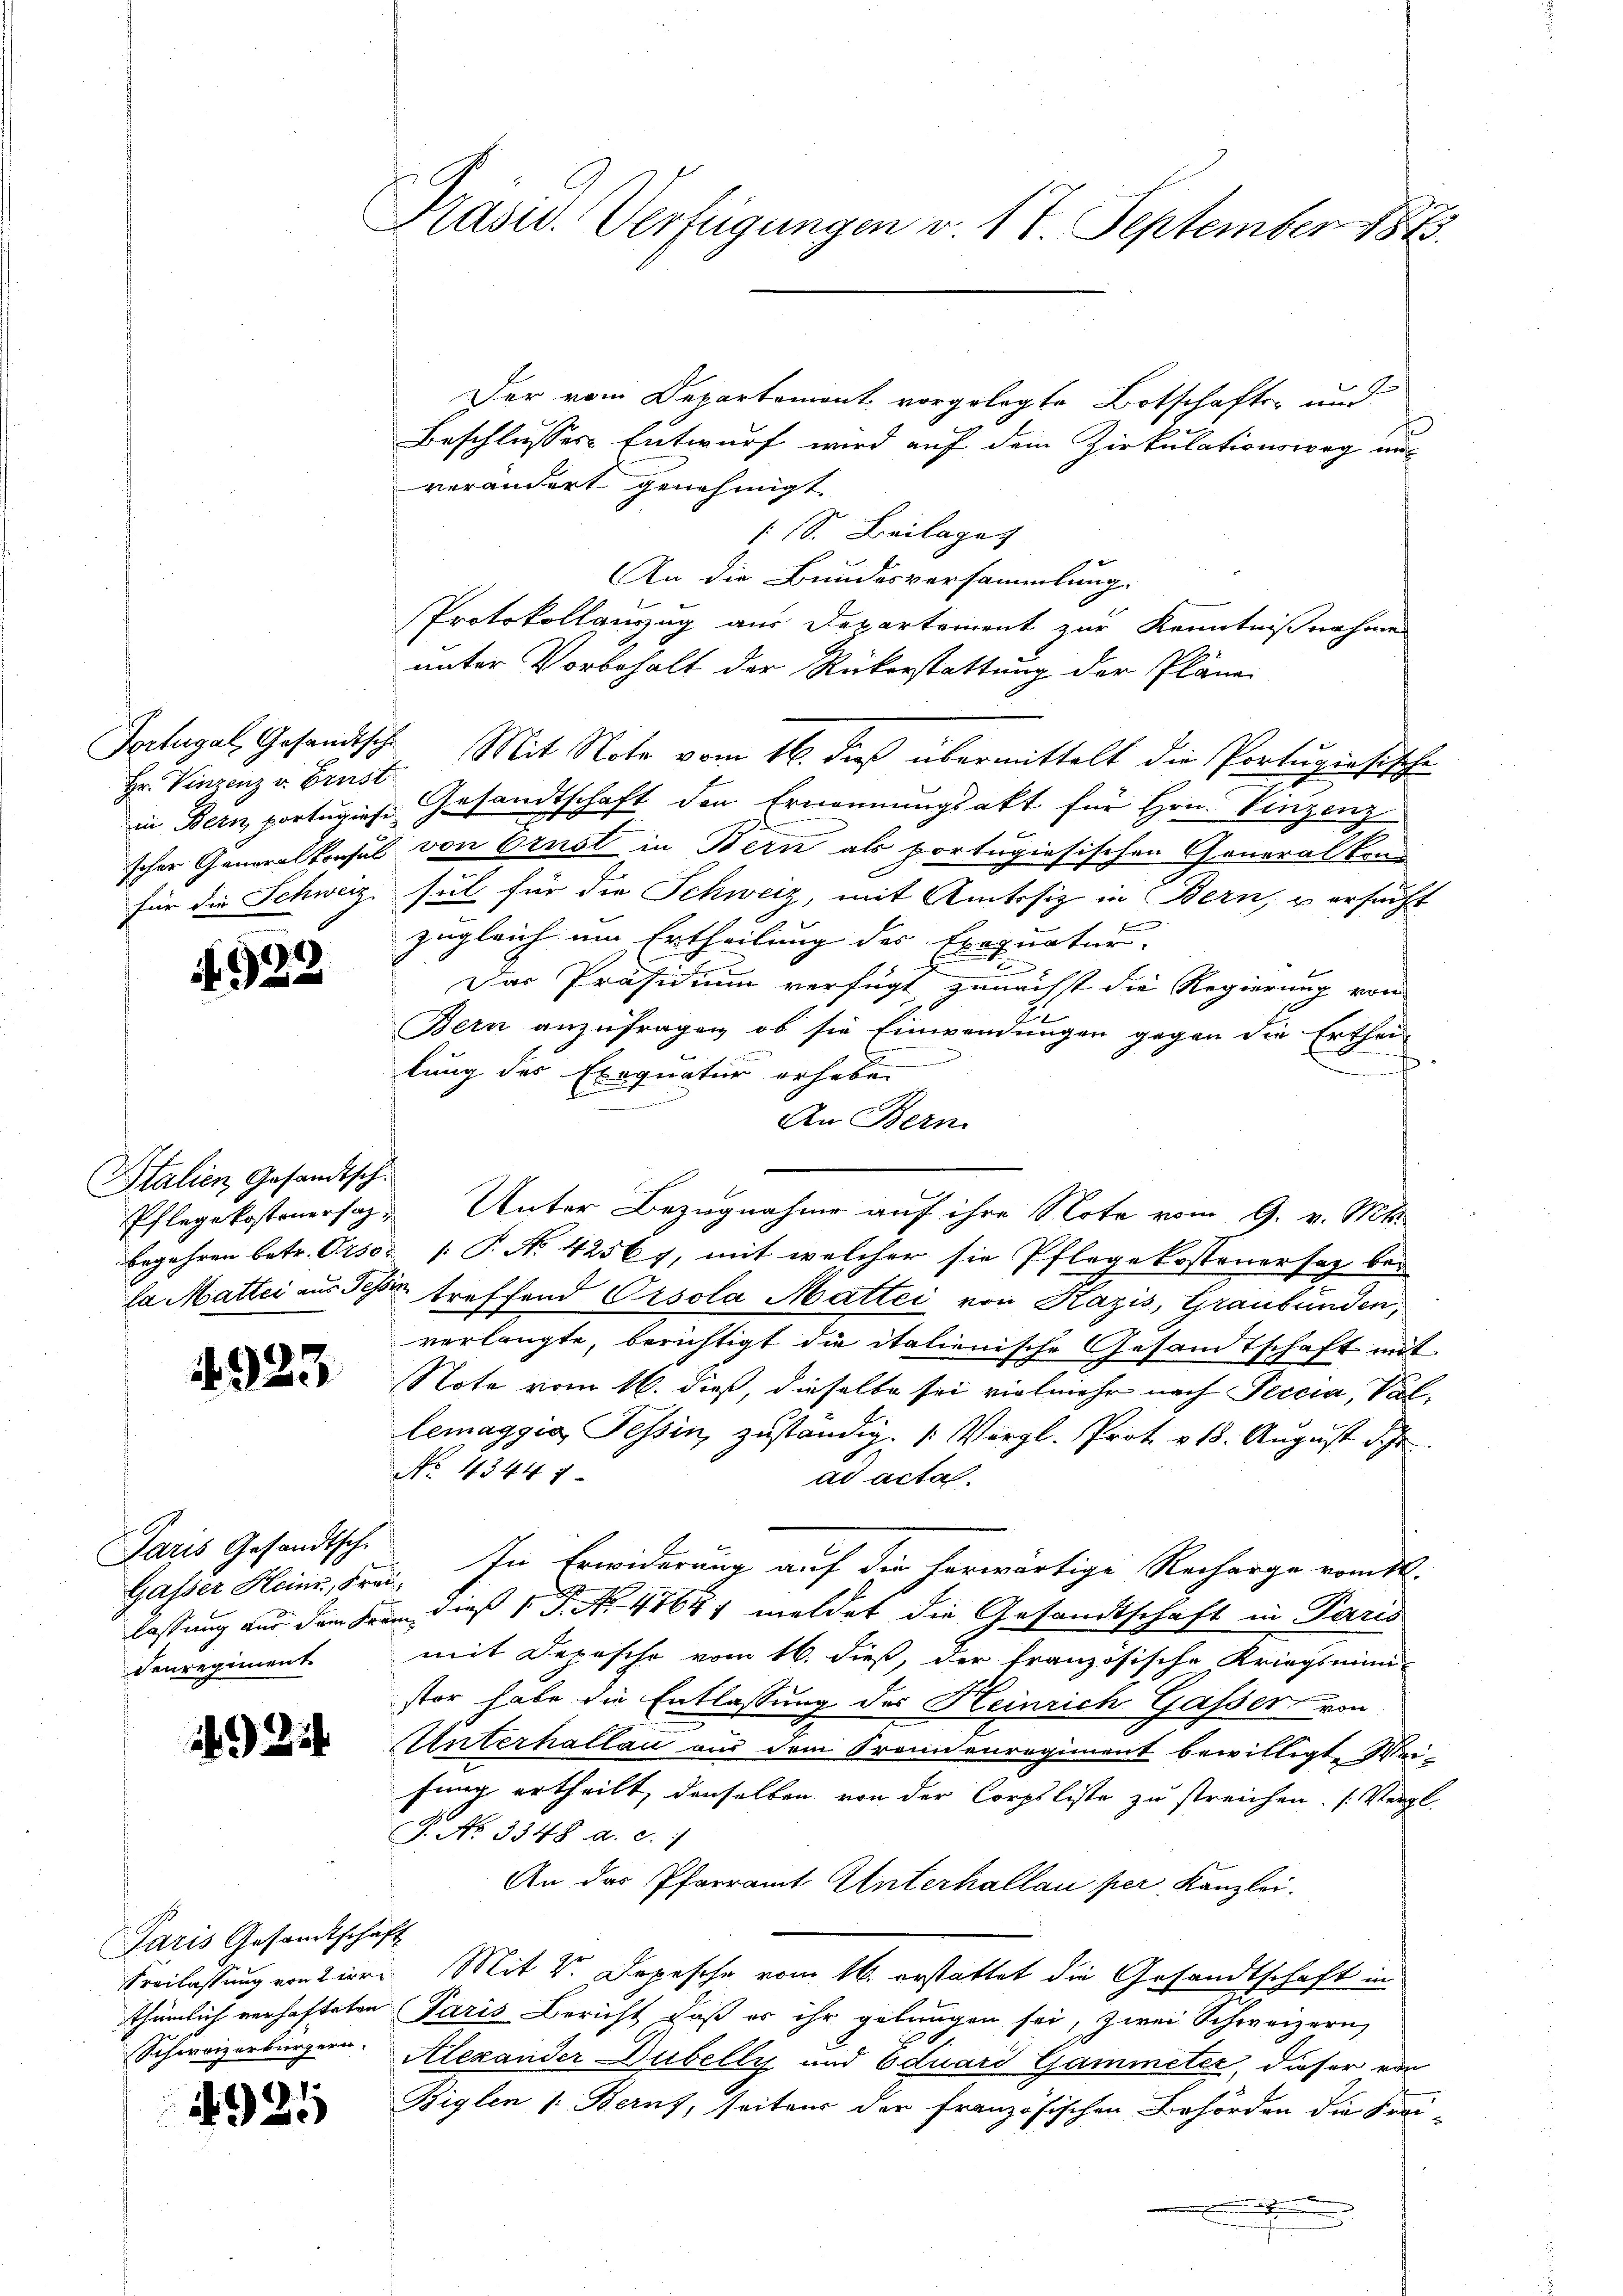
Hr. Vinzenz v. Ernst
für die Schweiz.

4922

Italien, Gesandtsch

923

Paris Gesandtsche
denregiment

Paris Gesandtschaft
Freilassung von 2 irre

4925

Präsid.. Verfügungen v. 17. September 1873

Der vom Departement vorgelegte Botschaften und
Beschlusses Entwurf wird auf dem Zirkulationsweg aus
verändert genehmigt.
1 S. Beilages |
x
An die Bundesversammlung.
Protokollauszug aus Departement zur Kenntnißnahme
unter Vorbehalt der Rückerstattung der Pläne
Portugal, Gesandtsche Mit Note vom 16. dieß übermittelt die Portugiosische
in Bern portugiese Gesandtschaft den Ernennungsakt für Hrn. Vinzenz
scher Generalkonsul von Ornst in Bern als portugisischen Generalkon
sel für die Schweiz, mit Amtssiz in Bern, versucht
F
zugleich um Ertheilung des Exequatur.
n
Das Präsidium verfügt, zunächst die Regierung von
Bern anzufragen, ob sie Einwendungen gegen die Erthei-
.
¬
lung des Exequatur erheben
An Bern.
Pflegekostenersah. Unter Bezugnahme auf ihre Note vom 9. v. Mts.
begehren betr. Orsos [ P. Nr. 4256 f, mit welcher sie Pflegekostener sag bela Mattei aus de treffend Crsola Mattei von Kazis, Graubünden,
verlangte, berichtigt die italienische Gesamtschaft mit
Note vom 16. dieß, dieselbe sei vielmehr nach Peccia, Vollemaggia, Tessin, zuständig: 1. Vergl. Prot. v. 18. August d. h.
No. 43447
ad acta.
Gasser Heinr. Frei. In Erwiderung auf die herwärtige Recharge vom 11.
lassung aus dem Frau dieß P. No. 47641 meldet die Gesandtschaft in Paris
mit Depesche vom 16. dieß, der französische Kriegsmini-
stor habe die Entlassung des Heinrich Gasser von
Unterhallau aus dem Brennenregiment bewilligt. Weifung ertheilt, denselben von der Corpsliste zu streichen. (Vergl.
G. No. 3348. a. c.
An das Pfarramt Unterhallau per, Kanzlei.
Mit V. Depesche vom 16. erstattet die Gesandtschaft in
thümlich verhafteten Paris Bericht daß er ihr gelangen sei, zwei Schweizern
Schweizerbürgern. Alexander Dubelly und Eduard Gammeter, dieser von
Biglen /: Berns, seitens der französischen Behörden die Frei¬
B